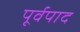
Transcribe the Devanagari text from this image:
पूर्वपाद